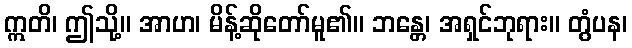
ဣတိ၊ ဤသို့။ အာဟ၊ မိန့်ဆိုတော်မူ၏။ ဘန္တေ၊ အရှင်ဘုရား။ တွံပန၊